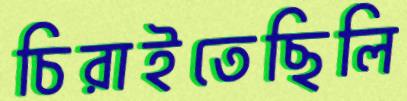
চিরাইতেছিলি